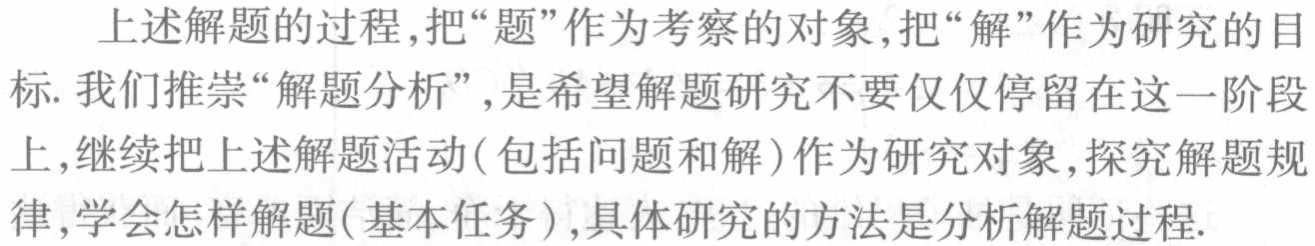
上述解题的过程,把“题”作为考察的对象,把“解”作为研究的目
标. 我们推崇“解题分析”,是希望解题研究不要仅仅停留在这一阶段
上,继续把上述解题活动(包括问题和解)作为研究对象,探究解题规
律,学会怎样解题(基本任务),具体研究的方法是分析解题过程.